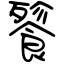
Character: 餮